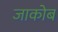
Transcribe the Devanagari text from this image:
जाकोब